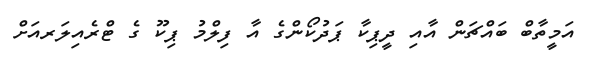
އަމީތާބް ބައްޗަން އާއި ދީޕިކާ ޕަދުކޯންގެ އާ ފިލްމު ޕިކޫ ގެ ޓްރެއިލަރއަށް